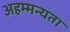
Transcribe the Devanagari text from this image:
अहम्मन्यता